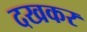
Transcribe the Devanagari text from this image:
दखकर